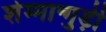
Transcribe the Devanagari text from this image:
शेम्मान्गुड़ी